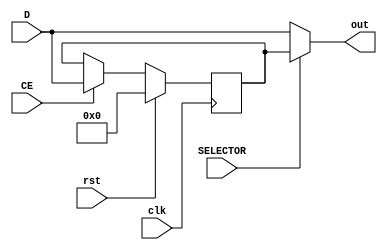
module Register_and_mux_pair(D, clk, rst, CE, SELECTOR, out);

	parameter WIDTH = 18;
	parameter RSTTYPE = "SYNC";
	input [WIDTH-1:0] D;
	input clk, rst, CE, SELECTOR;
	output [WIDTH-1:0] out;
	reg [WIDTH-1:0] out_seq;
	wire [WIDTH-1:0] out_comb;
	// design sequential part when SELECTOR = 1
	generate
		if (RSTTYPE == "SYNC") begin
			always @(posedge clk) begin
				if (rst) 
					out_seq <= 0;
				else if (CE)
					out_seq <= D;
			end
		end
		else if (RSTTYPE == "ASYNC") begin
			always @(posedge clk or posedge rst) begin
				if (rst) 
					out_seq <= 0;
				else if (CE)
					out_seq <= D;
			end
		end
	endgenerate
	// assign out depinding on SELECTOR 
	assign out = (SELECTOR == 0) ? D : out_seq ;
endmodule